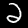
Digit: 2